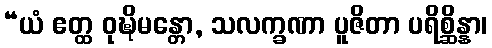
“ယံ ဧတ္ထ ဝုဍ္ဎိမန္တော, သလက္ခဏာ ပူဇိတာ ပရိစ္ဆိန္နာ၊